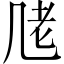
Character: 𱻧